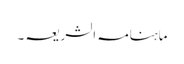
ماہنامہ الشریعہ ۔